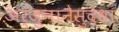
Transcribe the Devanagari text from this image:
अर्जुनानेसुद्धा